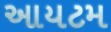
આયટમ